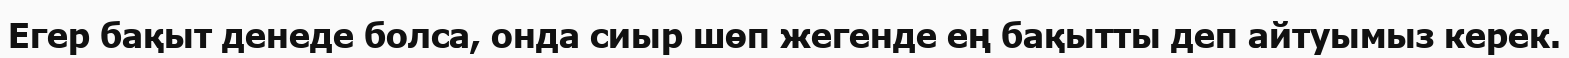
Егер бақыт денеде болса, онда сиыр шөп жегенде ең бақытты деп айтуымыз керек.